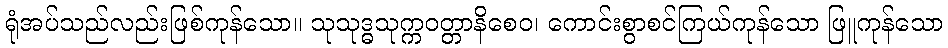
ရုံအပ်သည်လည်းဖြစ်ကုန်သော။ သုသုဒ္ဓသုက္ကဝတ္တာနိစေဝ၊ ကောင်းစွာစင်ကြယ်ကုန်သော ဖြူကုန်သော